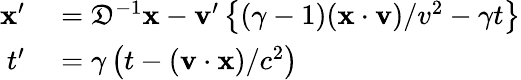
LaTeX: \begin{array}{c}{{\begin{array}{rl}{\mathbf{x}^{\prime}}&{{}={\mathfrak{D}}^{-1}\mathbf{x}-\mathbf{v}^{\prime}\left\{ \left(\gamma-1\right)(\mathbf{x\cdot v})/v^{2}-\gamma t\right\} }\\ {t^{\prime}}&{{}=\gamma\left(t-(\mathbf{v}\cdot\mathbf{x})/c^{2}\right)}\end{array}}}\end{array}